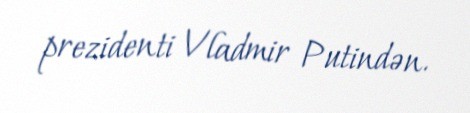
prezidenti Vladmir Putindən.